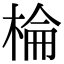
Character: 棆